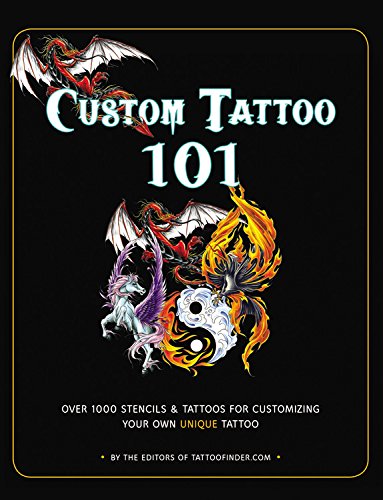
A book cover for Custom Tattoo 101: Over 1000 Stencils and Ideas for Customizing Your Own Unique Tattoo; The Editors at TattooFinder.com; Arts & Photography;